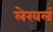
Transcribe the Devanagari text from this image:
लेखलं